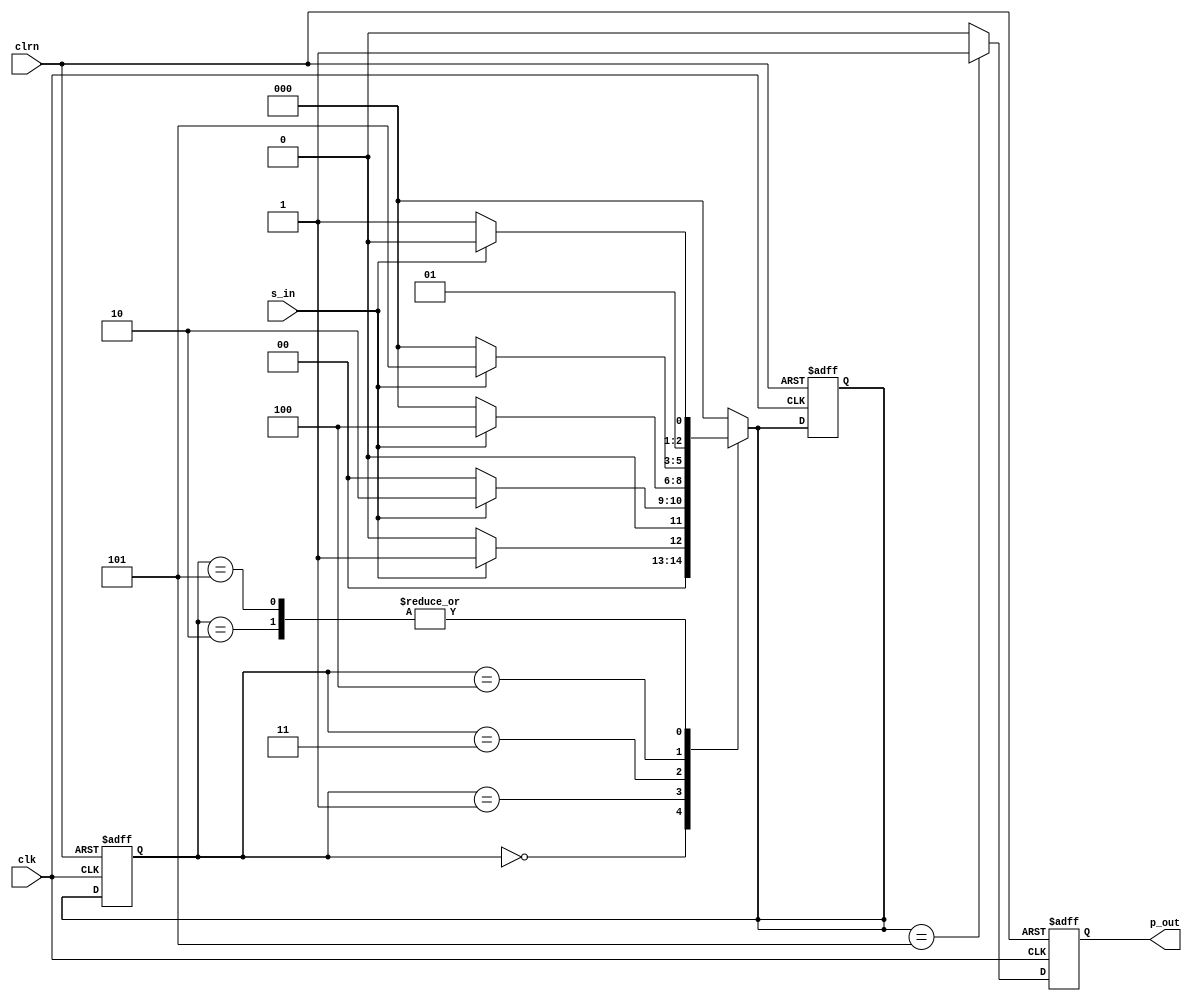
module detect101(clk,clrn,s_in, p_out);
	input clk,clrn,s_in;
	output reg p_out; //H
	
	reg [2:0] state;
	reg [2:0] next_state;
	parameter IDLE = 3'b000;
	parameter A = 3'b001;
	parameter B = 3'b010;
	parameter C = 3'b011;
	parameter D = 3'b100;
	parameter E = 3'b101;
	
	always @(posedge clk or negedge clrn) begin //FSM part I
		if(!clrn) begin
			state <= IDLE;
			next_state = IDLE;
		end else state <= next_state;
	end
	
	always @(state or s_in) begin //FSM part II
		case(state)
			IDLE: next_state = s_in?A:IDLE;
			A: next_state = s_in?B:IDLE;
			B: next_state = s_in?B:C;
			C: next_state = s_in?D:IDLE;
			D: next_state = s_in?E:IDLE;
			E: next_state = s_in?B:C;
			default: next_state = IDLE;
		endcase
	end
	
	always @(posedge clk or negedge clrn) begin //FSM part III
		if(!clrn) begin
			p_out <= 0;
		end else begin
			case (next_state)
				IDLE: p_out <= 0;
				A: p_out <= 0;
				B: p_out <= 0;
				C: p_out <= 0;
				D: p_out <= 0;
				E: p_out <= 1;
				default: p_out <= 0;
			endcase
		end
	end
endmodule // detect101